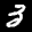
Label: 3